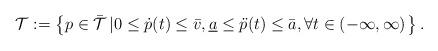
LaTeX: \begin{align*}\mathcal{T}:=\left\{ p\in\mathcal{\bar{T}}\left|0\le\dot{p}(t)\le\bar{v},\underline{a}\le\ddot{p}(t)\le\bar{a},\forall t\in\left(-\infty,\infty\right)\right.\right\} .\end{align*}